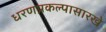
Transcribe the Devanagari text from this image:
धरणप्रकल्पासारखे